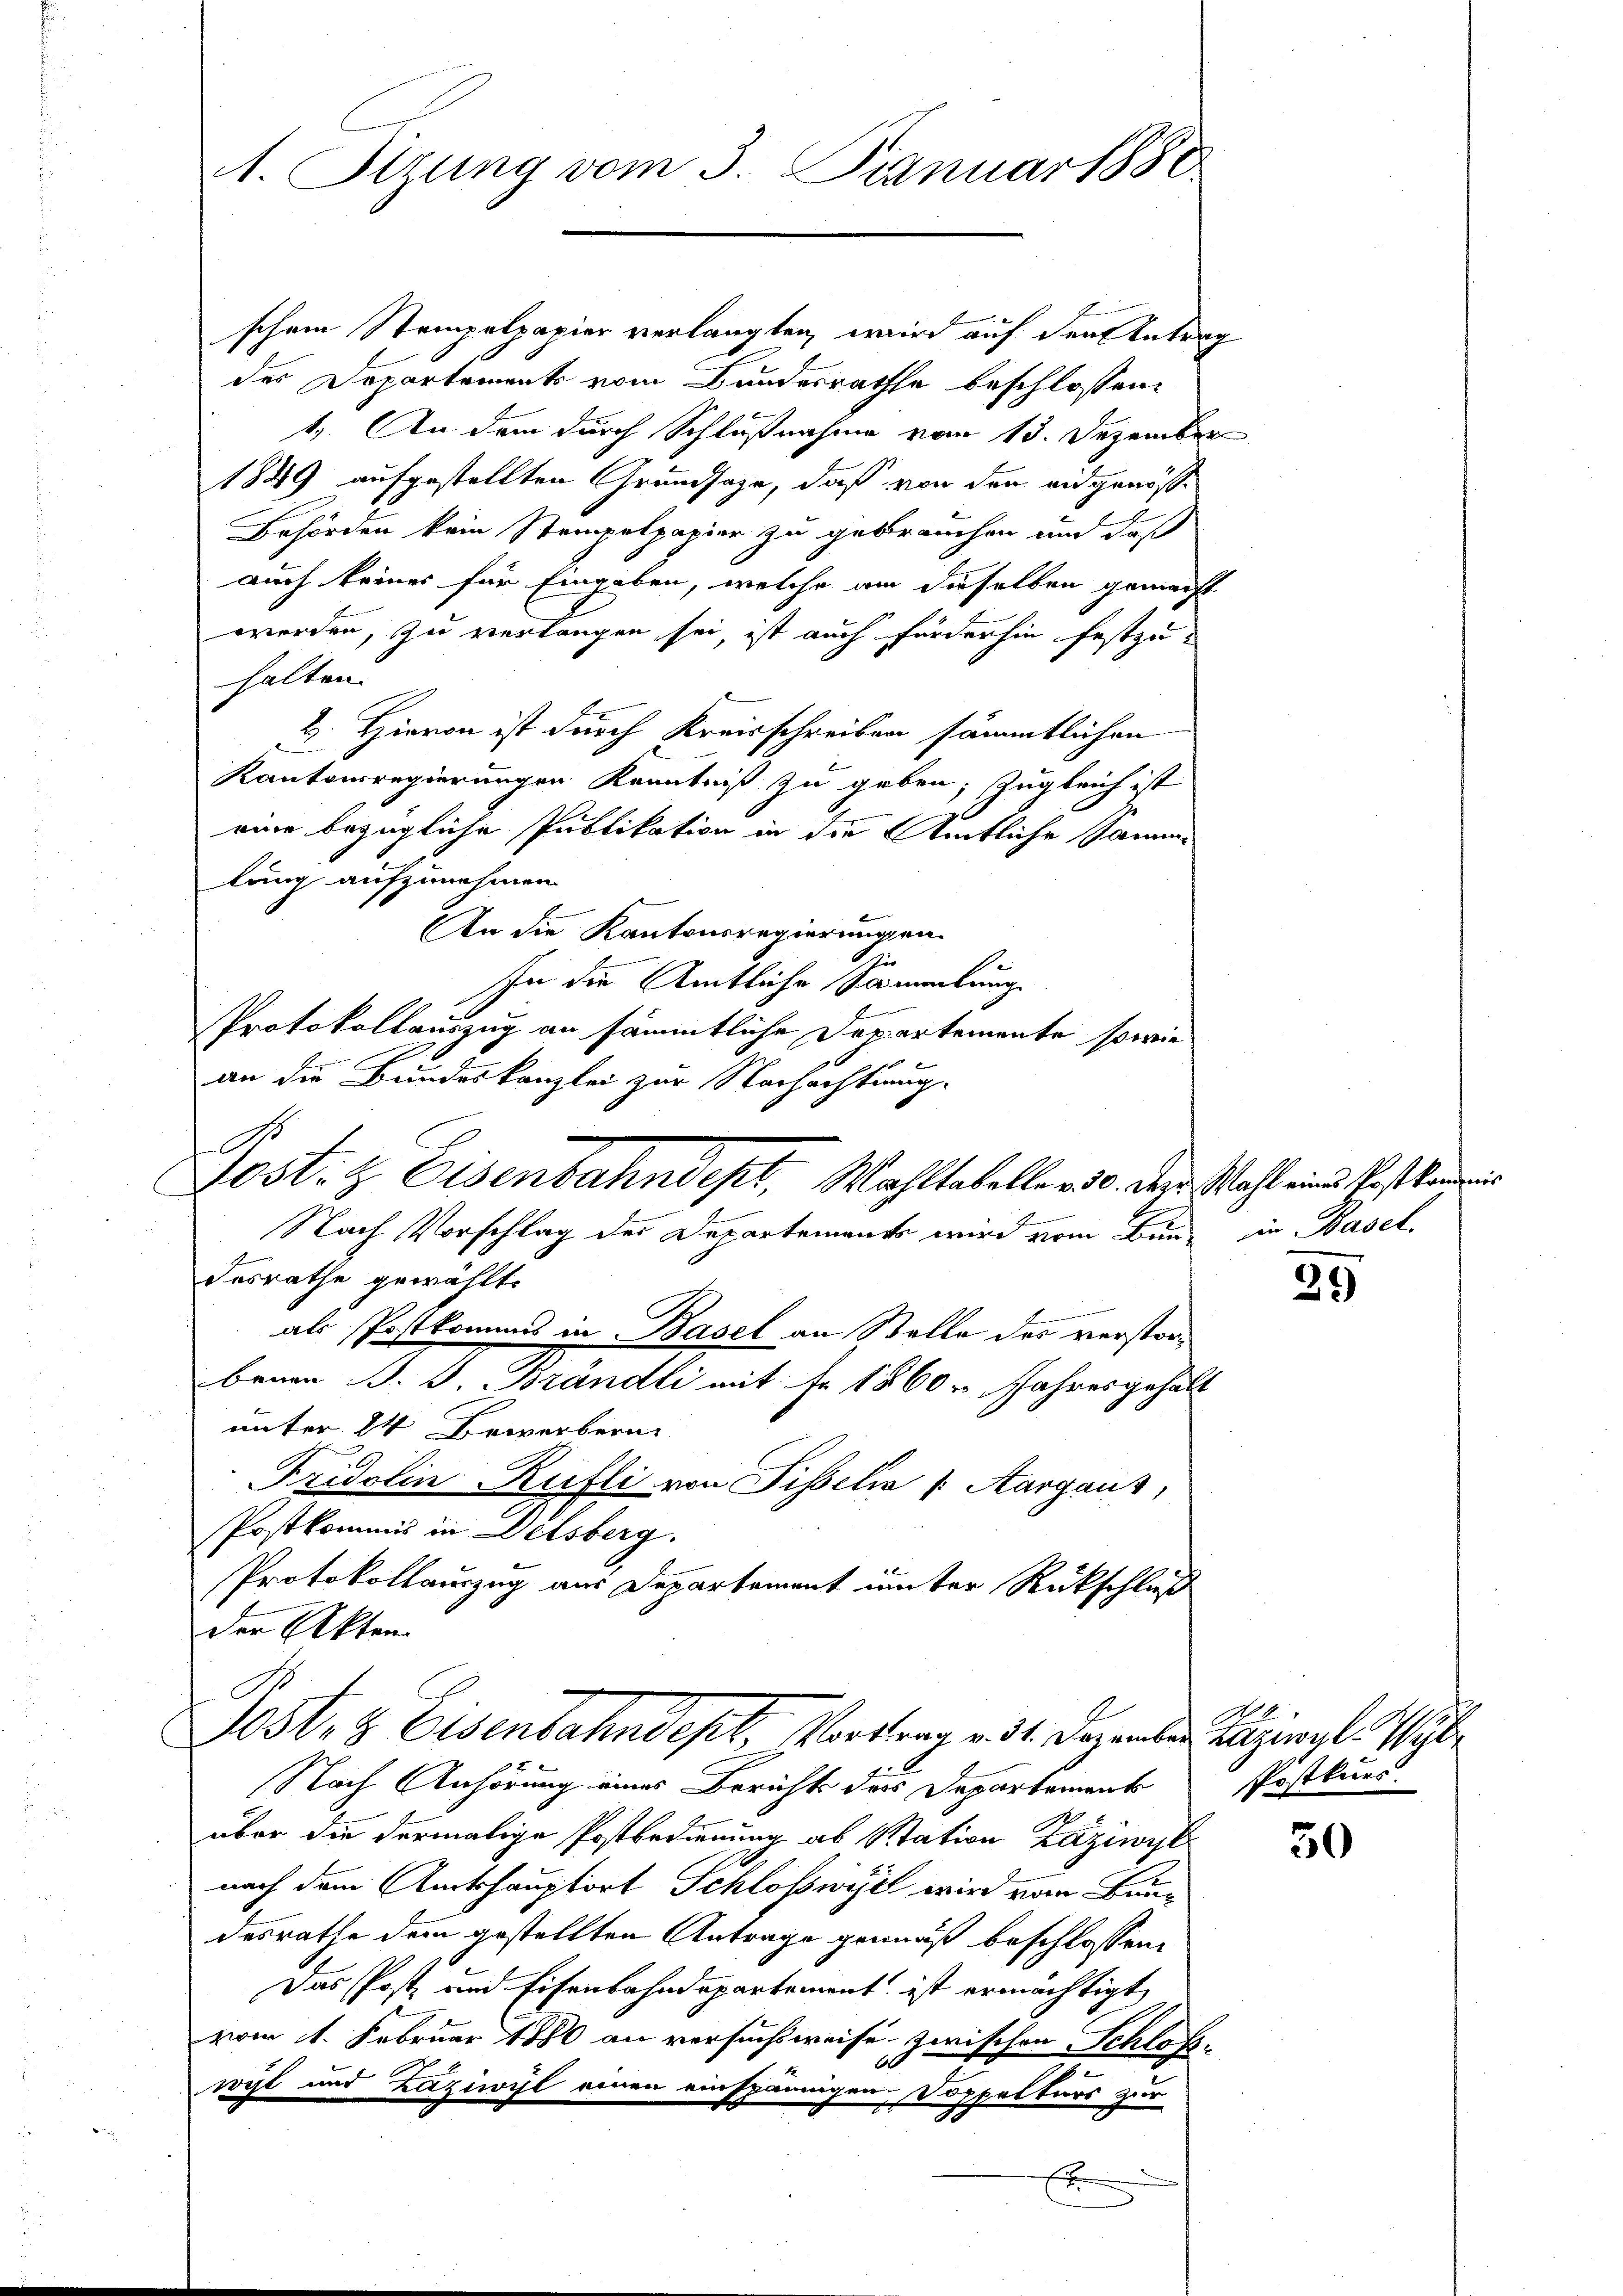
A

1. Sizung vom 3. Januar 1880

schen Stempelpapier verlangten, wird auf den Antrag
des Departements vom Bundesrathe beschlossen:
1. An dem durch Schlußnahme vom 13. Dezember
1849 aufgestellten Grundsaze, daß von den eidgenös¬
Behörden kein Stempelpapier zu gebrauchen und daß
auch keines für Eingaben, welche am dieselben gemacht
werden, zu verlangen sei, ist auch fürderhin festzuhalten.
2. Hievon ist durch Kreisschreiben sämmtlichen
Kantonsregierungen Kenntniß zu geben, zugleich ist
eine bezügliche Publikation in die Amtliche Samme
lung aufzunehmen.
An die Kantonsregierungen.
hi
In die Amtliche Sammlung
Protokollauszug an sämmtliche Departemente sowie
an die Bundeskanzlei zur Nachachtung.
desrathe gewählt.
als Postkommis in Basel an Stelle des verstorbenau B. J. Brändli mit Fr. 1860 Jahresgehalt
unter 24 Bewerbern
Fridolin Rufli von Pisselia v. Aargaus,
Postkommis in Delsberg.
Protokollauszug aus Departement unter Rückschluß
der Akten.
N
Jost, 3 Eisenbahndept Vortrag v. 31. Dezember Lazwyl Wyt
Nach Anhörung eines Berichts dies Departaments
über die dermalige Postbedienung ab Station Zäziwyl
nach dem Amtshauptort Schloss wie wird von Baudesrathe dem gestellten Antrage gemäß beschlossene
Das Post und Eisenbahndepartement ist ermächtigt
vom 1. Februar 1880 an versuchsweise zwischen Schloßwyl und Zaziwyl einen einspännigen Doppelters zur
x

Jost. Eisenbahndept, Wahltabelle 330. der Wahl eine Erst kein
4
Nach Vorschlag des Departements wird vom Bunde in Basel

21)

XI
PPostkurs.

50